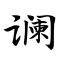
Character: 谰